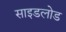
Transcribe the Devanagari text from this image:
साइडलोड